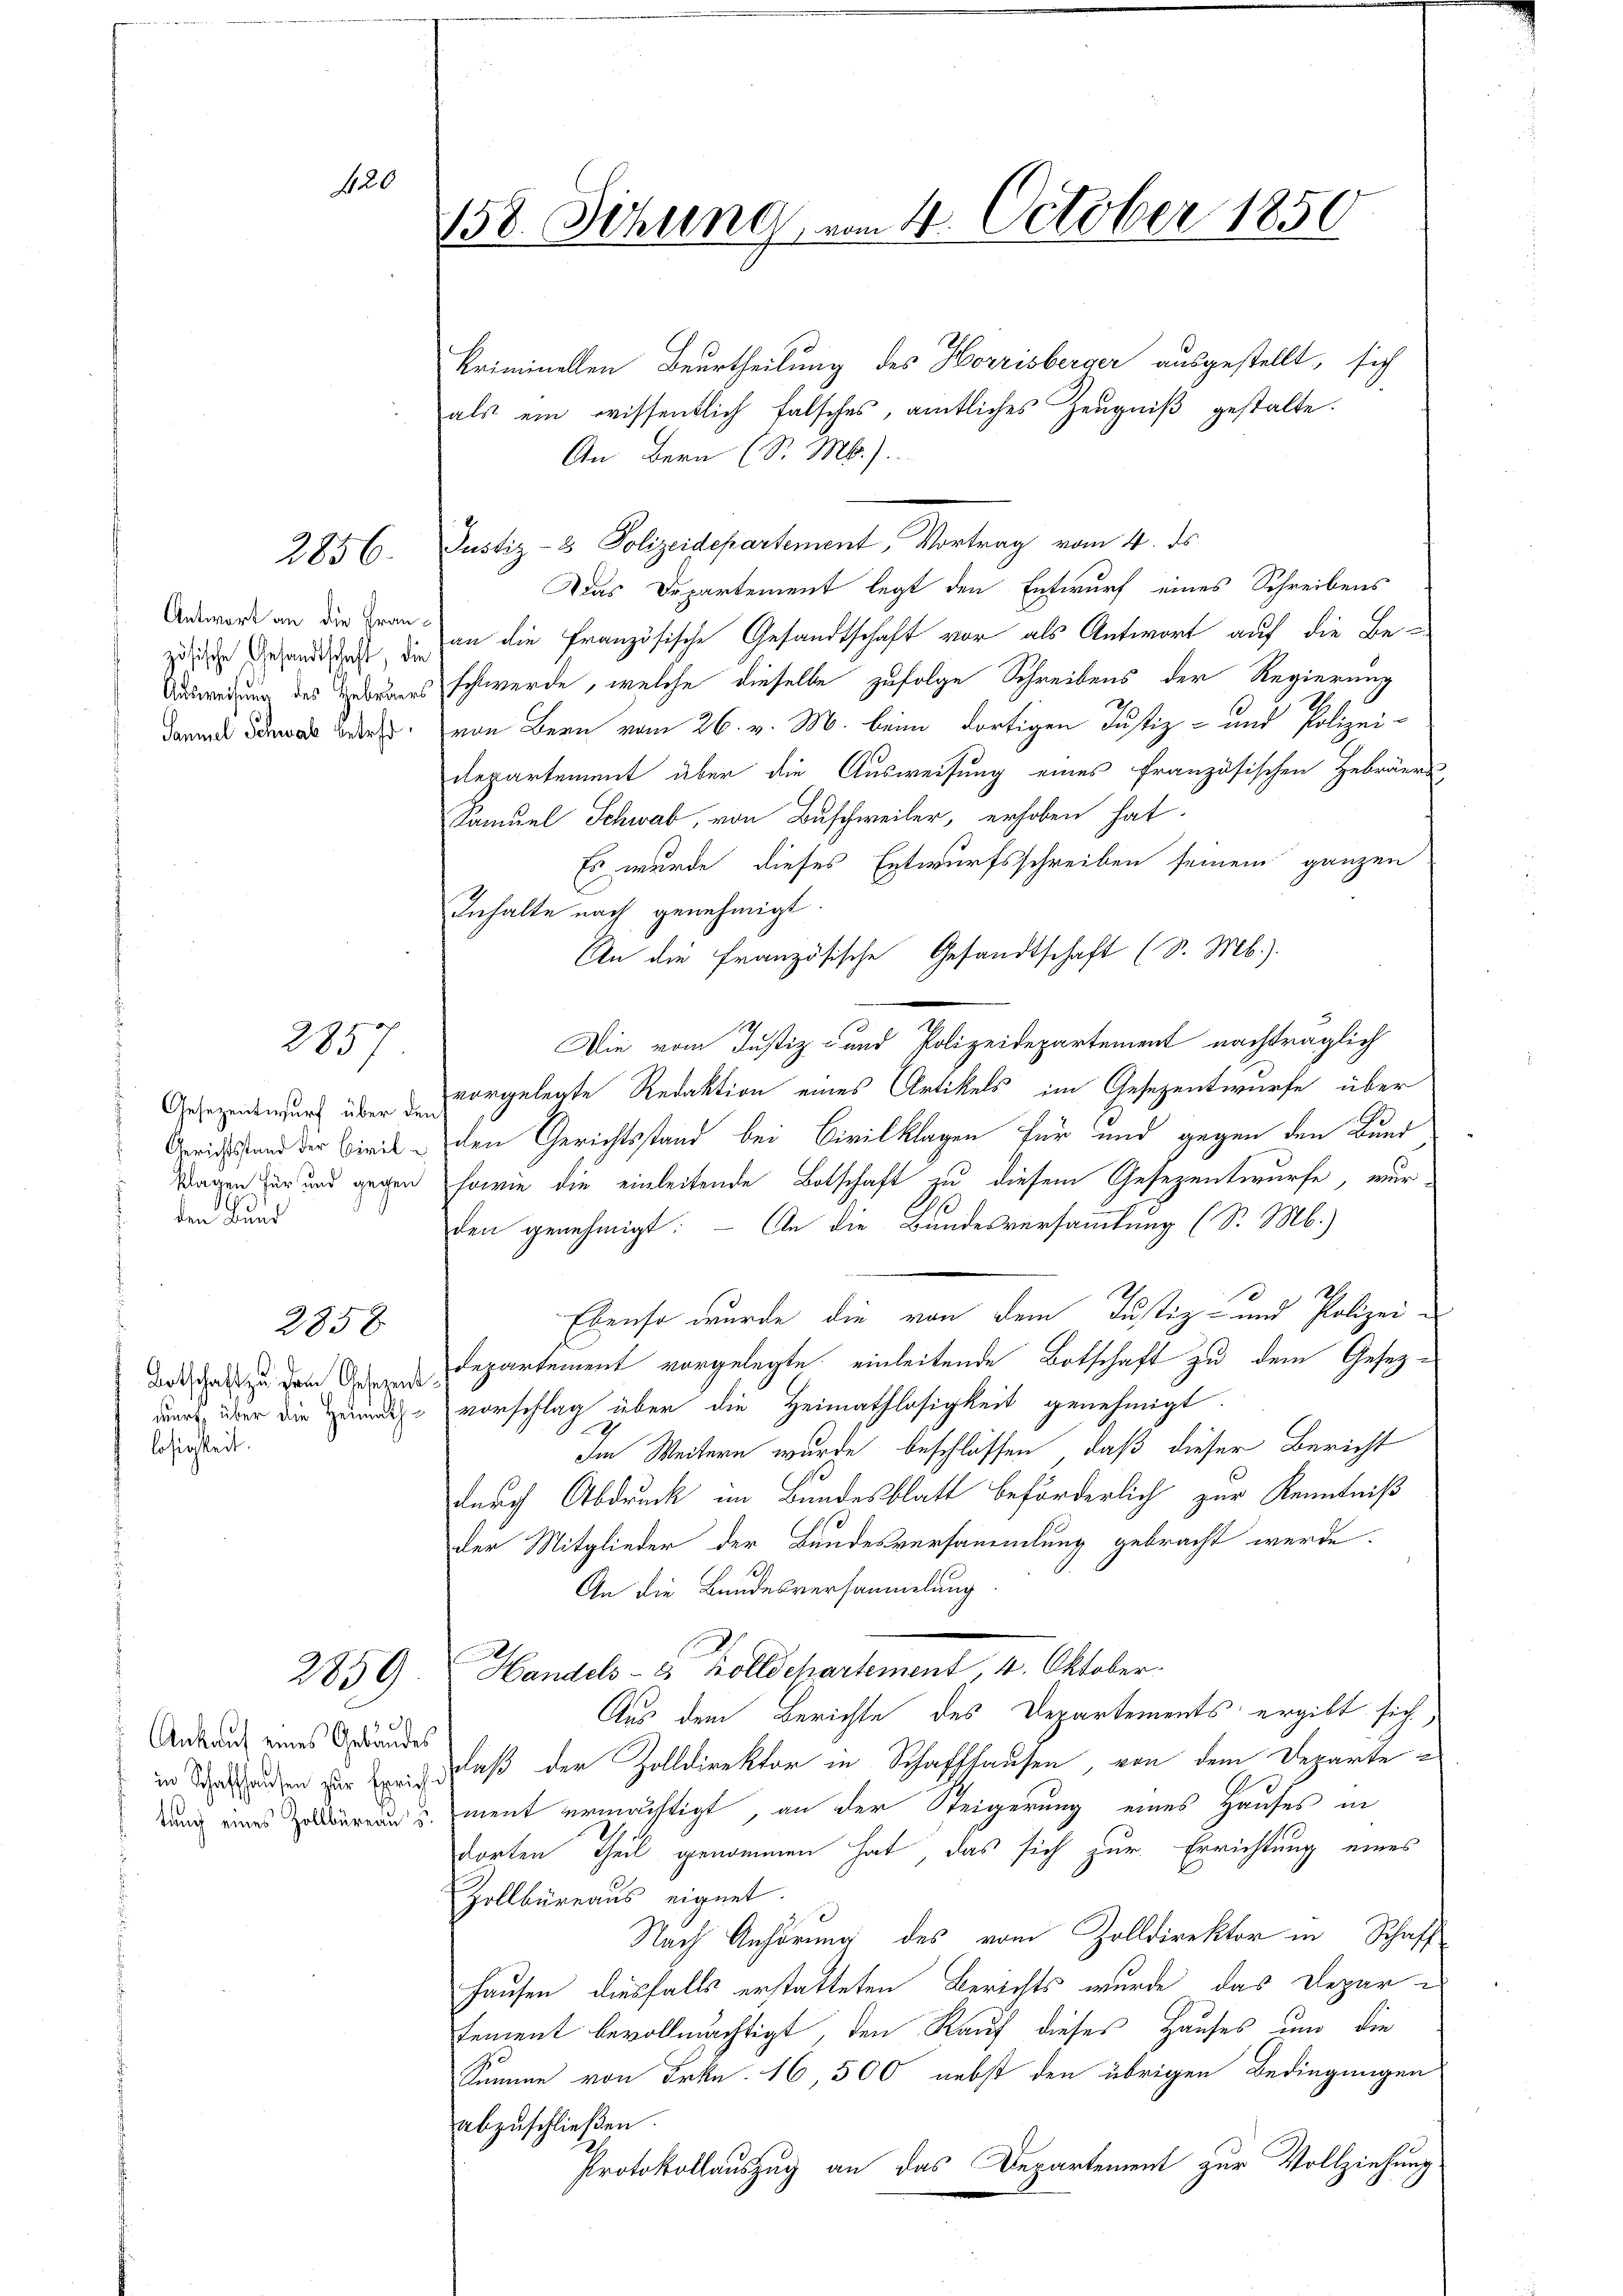
2856.

120

Antwort an die Französische Gesandtschaft, die
Ausweisung des Hebräers
Paniel Schwab getret

2857

Gesezentwurf über den
Gerichtsstand der Civil¬
Klagen für und gegen
den Bund

2858

Botschaft zu dem Gesezen.
durt, über die Heimathlosigkeit.

2859

Ankauf eines Gebäudes

158. Sitzung vom 4. October 1850

kriminellen Beurtheilung des Horrisberger ausgestellt, sich
als ein wissentlich falsches, amtliches Zeugniß gestalte.
An Bern (S. M.).
Justiz- & Polizeidepartement, Vortrag vom 4. ds
Das Departement legt den Entwurf eines Schreibens
an die Französische Gesandtschaft vor als Antwort auf die Be-
schwerde, welche dieselbe zufolge Schreibens der Regierung
von Bern vom 26. v. M. beim dortigen Justiz- und Polizei-
departement über die Ausweisung eines französischen Hebräerk,
Samuel Schwab, von Buschweiler, erhoben hat.
Es wurde dieses Entwurfsschreiben seinem ganzen
Inhalte nach genehmigt.
An die Französische Gesandtschaft (S. Mb.).
Die vom Justiz- und Polizeidepartement nachträglich
vorgelegte Redaktion eines Artikels im Gesezentwurfe über
den Gerichtsstand bei Civilklagen für und gegen den Bund
sowie die einleitende Botschaft zu diesem Gesezentwurfe, wur-
den genehmigt. – An die Bundesversammlung (S. M.)
Ebenso wurde die von dem Justiz- und Polizei-
Departement vorgelegte einleitende Botschaft zu dem Gesetz-
vorschlag über die Heimathlosigkeit genehmigt.
Im Weitern wurde beschlossen, daß dieser Bericht
durch Abdruck im Bundesblatt beförderlich zur Kenntniß
der Mitglieder der Bundesversammlung gebracht werde.
An die Bundesversammlung.
Handels- u Zolldepartement, 4. Oktober.
Aus dem Berichte des Departements ergibt sich
in Sekunden zur Zeit, daß der Zolldirektor in Schaffhausen, von dem Departedung eines alleren u. ment ermächtigt, an der Steigerung eines Hauses in
dorten Theil genommen hat, das sich zur Errichtung eines
Zollbüreaus eignet.
Nach Anhörung des vom Zolldirektor in Schaff
Hausen diesfalls erstatteten Berichts wurde das Deparsement bevollmächtigt, den Kauf dieses Hauses und die
Summe von Frkn. 16, 500 nebst den übrigen Bedingungen
abzuschließen.
Protokollauszug an das Departement zur Vollziehung.